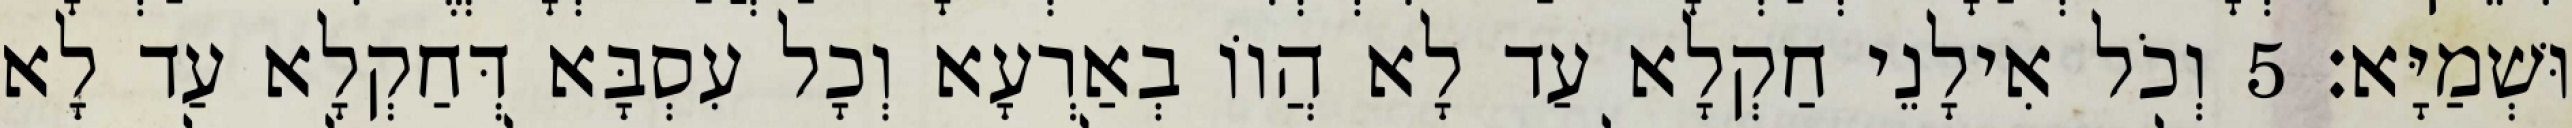
וּשְׁמַיָּא׃ 5 וְכֹל אִילָנֵי חַקְלָא עַד לָא הֲווֹ בְאַרְעָא וְכָל עִסְבָּא דְּחַקְלָא עַד לָא